Treatise on elephants
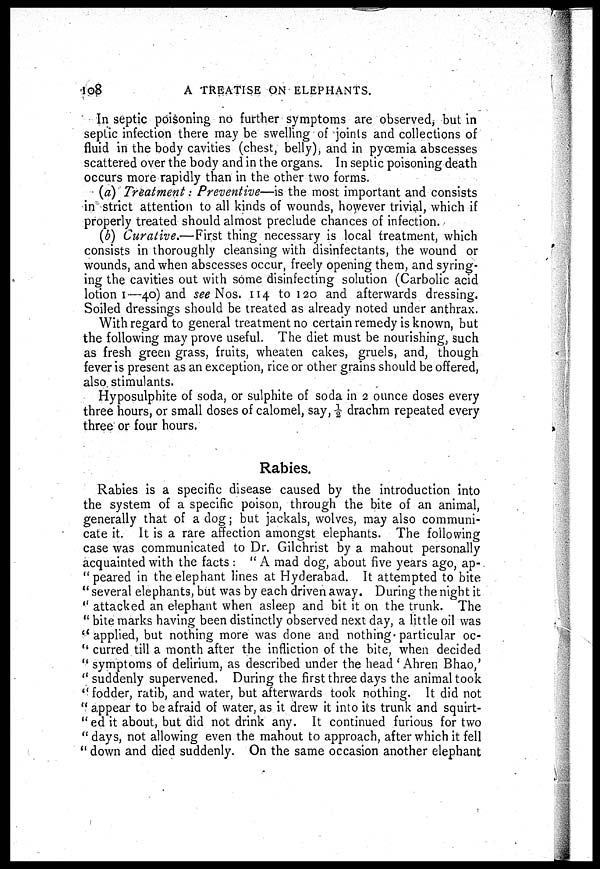
108
A TREATISE ON ELEPHANTS.
In septie poisoning no further symptoms are observed, but in
septic infection there may be swelling of joints and collections of
fluid in the body cavities (chest, belly), and in pyœmia abscesses
scattered over the body and in the organs. In septic poisoning death
occurs more rapidly than in the other two forms.
(a) Treatment: Preventive—is the most important and consists
in strict attention to all kinds of wounds, however trivial, which if
properly treated should almost preclude chances of infection.
(b) Curative.—First thing necessary is local treatment, which
consists in thoroughly cleansing with disinfectants, the wound or
wounds, and when abscesses occur, freely opening them, and syring-
ing the cavities out with some disinfecting solution (Carbolic acid
lotion 1—40) and see Nos. 114 to 120 and afterwards dressing.
Soiled dressings should be treated as already noted under anthrax.
With regard to general treatment no certain remedy is known, but
the following may prove useful. The diet must be nourishing, such
as fresh green grass, fruits, wheaten cakes, gruels, and, though
fever is present as an exception, rice or other grains should be offered,
also stimulants.
Hyposulphite of soda, or sulphite of soda in 2 ounce doses every
three hours, or small doses of calomel, say, ½ drachm repeated every
three or four hours.
Rabies.
Rabies is a specific disease caused by the introduction into
the system of a specific poison, through the bite of an animal,
generally that of a dog 5 but jackals, wolves, may also communi-
cate it. It is a rare affection amongst elephants. The following
case was communicated to Dr. Gilchrist by a mahout personally
acquainted with the facts : "A mad dog, about five years ago, ap-
peared in the elephant lines at Hyderabad. It attempted to bite
" several elephants, but was by each driven away. During the night it
" attacked an elephant when asleep and bit it on the trunk. The
" bite marks having been distinctly observed next day, a little oil was
" applied, but nothing more was done and nothing particular oc-
" curred till a month after the infliction of the bite, when decided
" symptoms of delirium, as described under the head ' Ahren Bhao,'
" suddenly supervened. During the first three days the animal took
" fodder, ratib, and water, but afterwards took nothing. It did not
" appear to be afraid of water, as it drew it into its trunk and squirt-
ed it about, but did not drink any. It continued furious for two
" days, not allowing even the mahout to approach, after which it fell
" down and died suddenly. On the same occasion another elephant